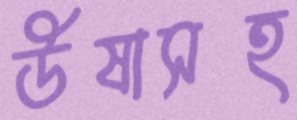
উষাসহ